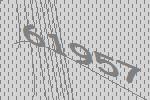
61957